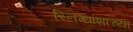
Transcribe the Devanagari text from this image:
स्निग्धांशाच्या